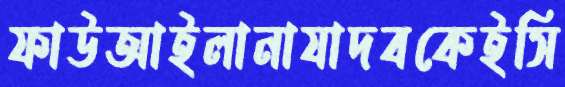
ফাউআইলানাযাদবকেইসি